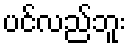
ပင်လည်ဘူး